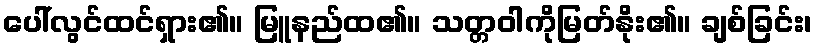
ပေါ်လွင်ထင်ရှား၏။ မြူနည်ထ၏။ သတ္တဝါကိုမြတ်နိုး၏။ ချစ်ခြင်း၊